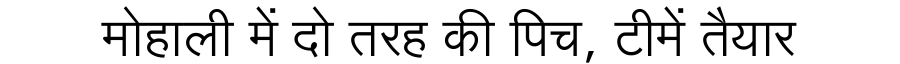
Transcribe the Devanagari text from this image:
मोहाली में दो तरह की पिच, टीमें तैयार